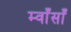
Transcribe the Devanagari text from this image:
म्वाँसाँ